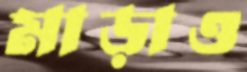
মাড়াও